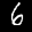
Digit: 6